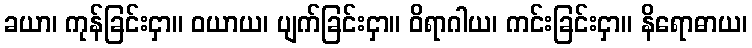
ခယာ၊ ကုန်ခြင်းငှာ။ ဝယာယ၊ ပျက်ခြင်းငှာ။ ဝိရာဂါယ၊ ကင်းခြင်းငှာ။ နိရောဓာယ၊